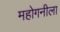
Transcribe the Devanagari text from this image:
महोगनीला